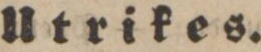
Utrikes.